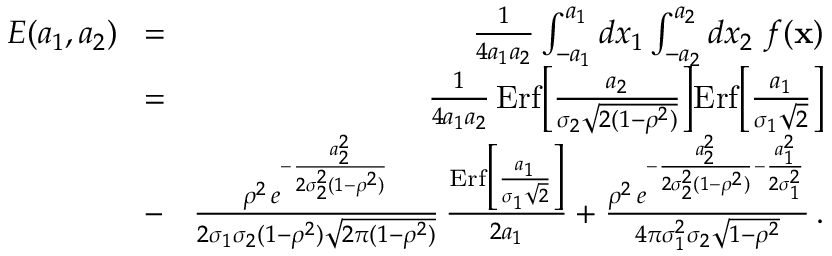
\begin{array} { r l r } { E ( a _ { 1 } , a _ { 2 } ) } & { \! = \! } & { { \frac { 1 } { 4 a _ { 1 } a _ { 2 } } } \int _ { - a _ { 1 } } ^ { a _ { 1 } } d x _ { 1 } \int _ { - a _ { 2 } } ^ { a _ { 2 } } d x _ { 2 } \ f ( { \bf x } ) } \\ & { \! = \! } & { { \frac { 1 } { 4 a _ { 1 } a _ { 2 } } } \, \mathrm { E r f } \Big [ { \frac { a _ { 2 } } { \sigma _ { 2 } \sqrt { 2 ( 1 - \rho ^ { 2 } ) } } } \Big ] \mathrm { E r f } \Big [ { \frac { a _ { 1 } } { \sigma _ { 1 } \sqrt { 2 } } } \Big ] } \\ & { \! - \! } & { { \frac { \rho ^ { 2 } \, e ^ { - { \frac { a _ { 2 } ^ { 2 } } { 2 \sigma _ { 2 } ^ { 2 } ( 1 - \rho ^ { 2 } ) } } } } { 2 \sigma _ { 1 } \sigma _ { 2 } ( 1 - \rho ^ { 2 } ) \sqrt { 2 \pi ( 1 - \rho ^ { 2 } ) } } } \, { \frac { \mathrm { E r f } \Big [ { \frac { a _ { 1 } } { \sigma _ { 1 } \sqrt { 2 } } } \Big ] } { 2 a _ { 1 } } } + { \frac { \rho ^ { 2 } \, e ^ { - { \frac { a _ { 2 } ^ { 2 } } { 2 \sigma _ { 2 } ^ { 2 } ( 1 - \rho ^ { 2 } ) } } - { \frac { a _ { 1 } ^ { 2 } } { 2 \sigma _ { 1 } ^ { 2 } } } } } { 4 \pi \sigma _ { 1 } ^ { 2 } \sigma _ { 2 } \sqrt { 1 - \rho ^ { 2 } } } } \, . } \end{array}